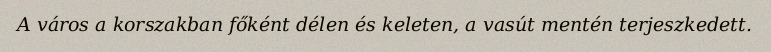
A város a korszakban főként délen és keleten, a vasút mentén terjeszkedett.